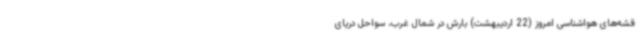
قشه‌های هواشناسی امروز (22 اردیبهشت) بارش در شمال غرب، سواحل دریای